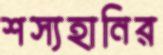
শস্যহানির